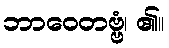
ဘာဝေတဗ္ဗံ၊ ၏။